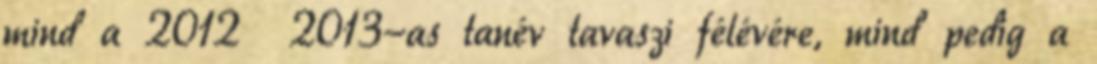
mind a 2012 2013-as tanév tavaszi félévére, mind pedig a